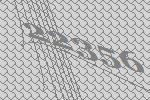
22356